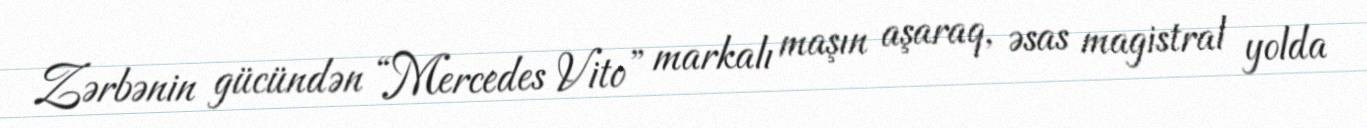
Zərbənin gücündən “Mercedes Vito” markalı maşın aşaraq, əsas magistral yolda